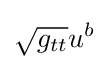
{\sqrt {g_{tt}}}u^{b}